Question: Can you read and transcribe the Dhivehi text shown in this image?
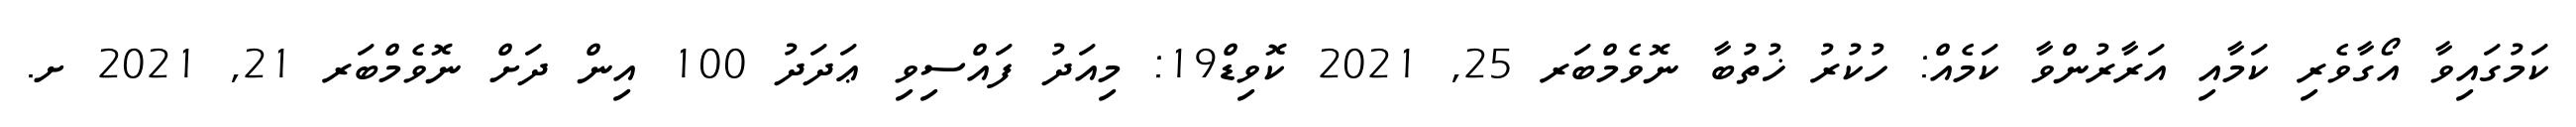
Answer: ކަމުގައިވާ އޯގާވެރި ކަމާއި އަރާރުންވާ ކަމެއް: ހުކުރު ޚުތުބާ ނޮވެމްބަރ 25, 2021 ކޮވިޑް19: މިއަދު ފައްސިވި ޢަދަދު 100 އިން ދަށް ނޮވެމްބަރ 21, 2021 ށ.